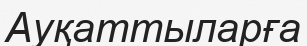
Ауқаттыларға